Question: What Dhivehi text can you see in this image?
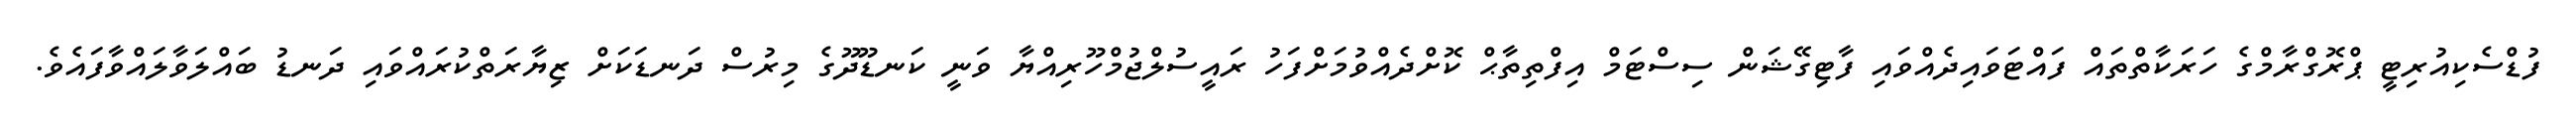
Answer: ފުޑްސެކިއުރިޓީ ޕްރޮގްރާމްގެ ހަރަކާތްތައް ފައްޓަވައިދެއްވައި ފާޓިގޭޝަން ސިސްޓަމް އިފްތިތާޙް ކޮށްދެއްވުމަށްފަހު ރައީސުލްޖުމްހޫރިއްޔާ ވަނީ ކަނޑޫދޫގެ މިރުސް ދަނޑަކަށް ޒިޔާރަތްކުރައްވައި ދަނޑު ބައްލަވާލައްވާފައެވެ.